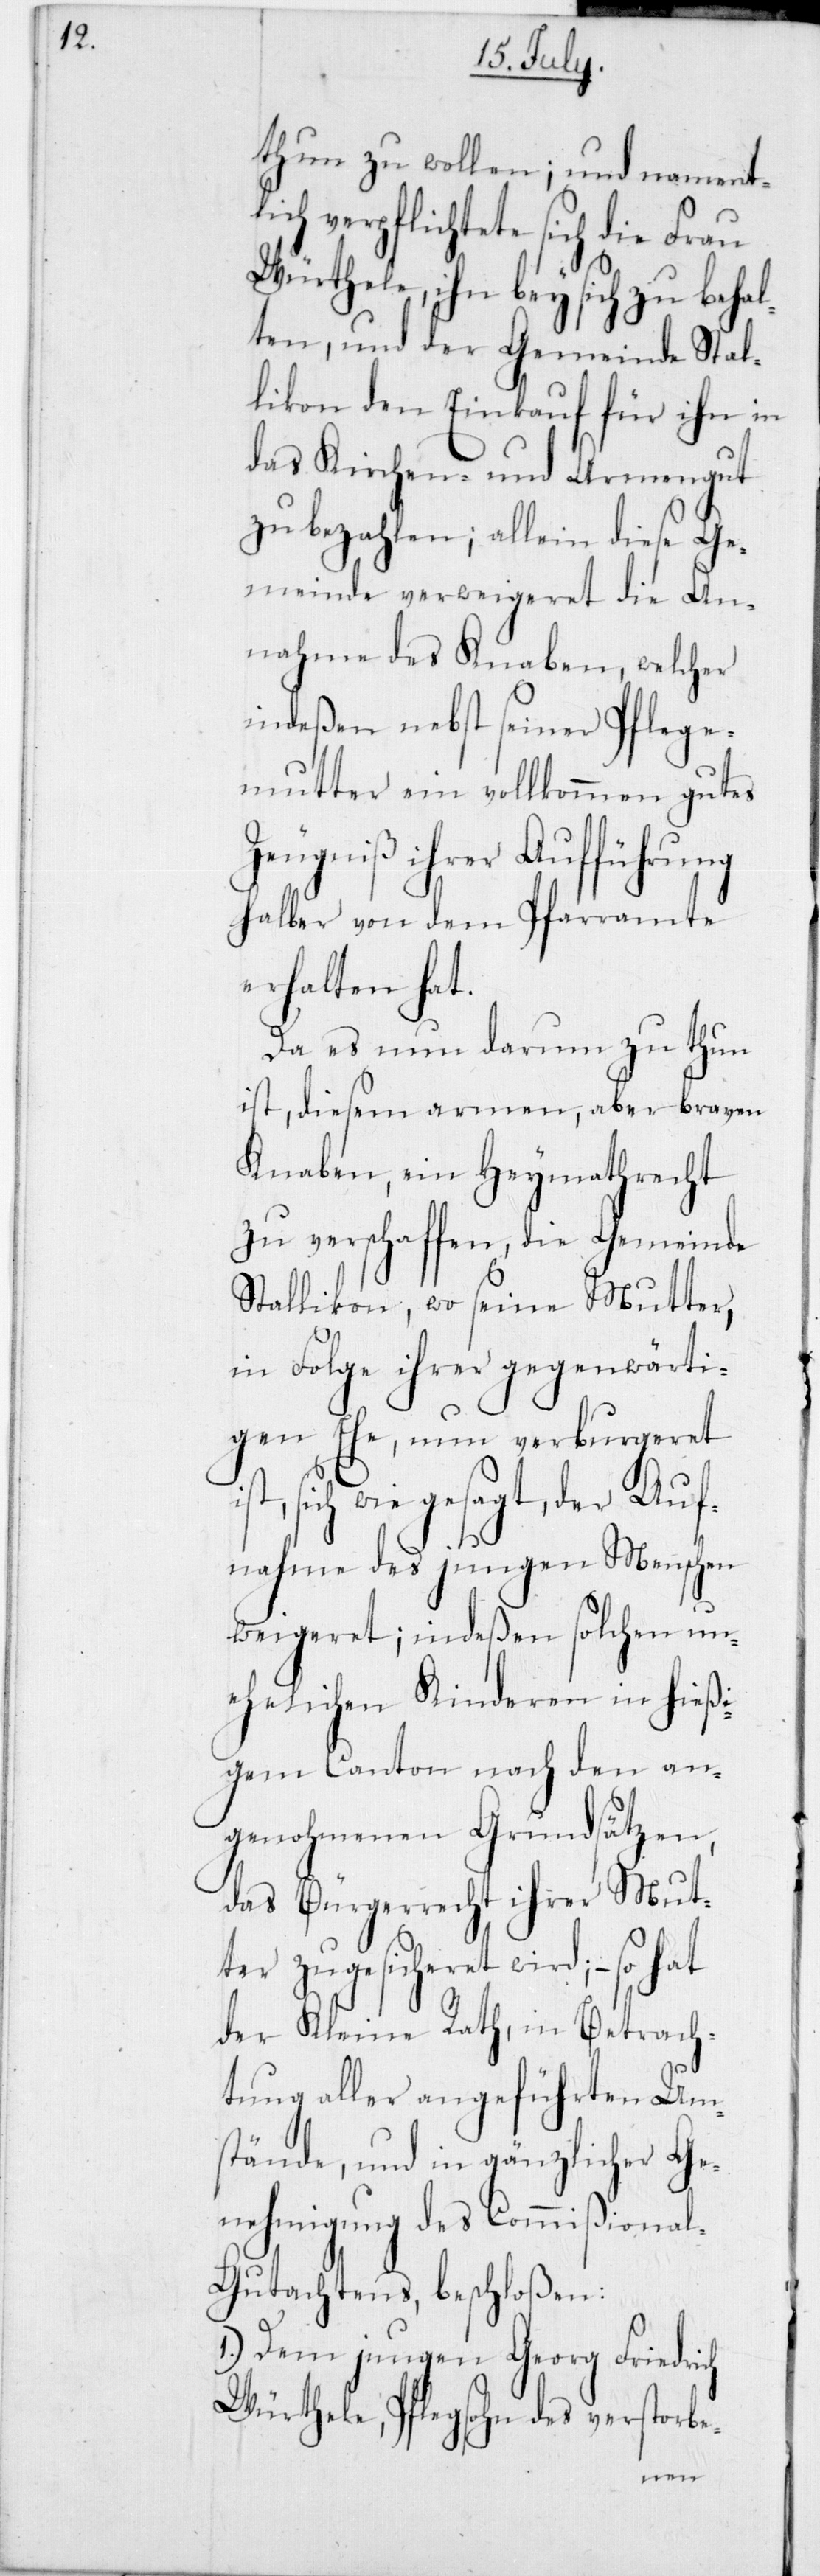
thun zu wollen; und namentl¬
ich verpflichtete sich die Frau
Würthele, ihn bey sich zu behal¬
ten und der Gemeinde Stal¬
likon den Einkauf für ihn in
das Kirchen- und Armengut
zu bezahlen; allein diese Ge¬
meinde verweigeret die An¬
nahme des Knaben, welcher
indeßen nebst seiner Pflege¬
mutter ein vollkommen gutes
Zeugniß ihrer Aufführung
halber von dem Pfarramte
erhalten hat.
Da es nun darum zu thun
ist, diesem armen, aber braven
Knaben ein Heymathrecht
zu verschaffen, die Gemeinde
Stallikon, wo seine Mutter,
in Folge ihrer gegenwärti¬
gen Ehe, nun verburgeret
sich wie gesagt, der Auf¬
nahme des jungen Menschen
weigeret; indeßen solchen un¬
ehelichen Kinderen in hi¬
gem Canton nach den an¬
genohmenen Grundsätzen,
das Bürgerrecht ihrer Mut¬
ter zugesicheret wird, – so
der Kleine Rath, in Betrach¬
tung aller angeführten Um¬
stände, und in gänzlicher Ge¬
nehmigung des Commißiona¬
l-Gutachtens beschloßen:
1.) Dem jungen Georg Friedrich
Würthele, Pflegsohn des verstorbe-
eßi¬